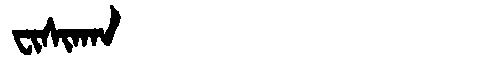
Manchu: ᠸᡳᠰᡳᡴᠠᠨ
Romanization: FISIKAN